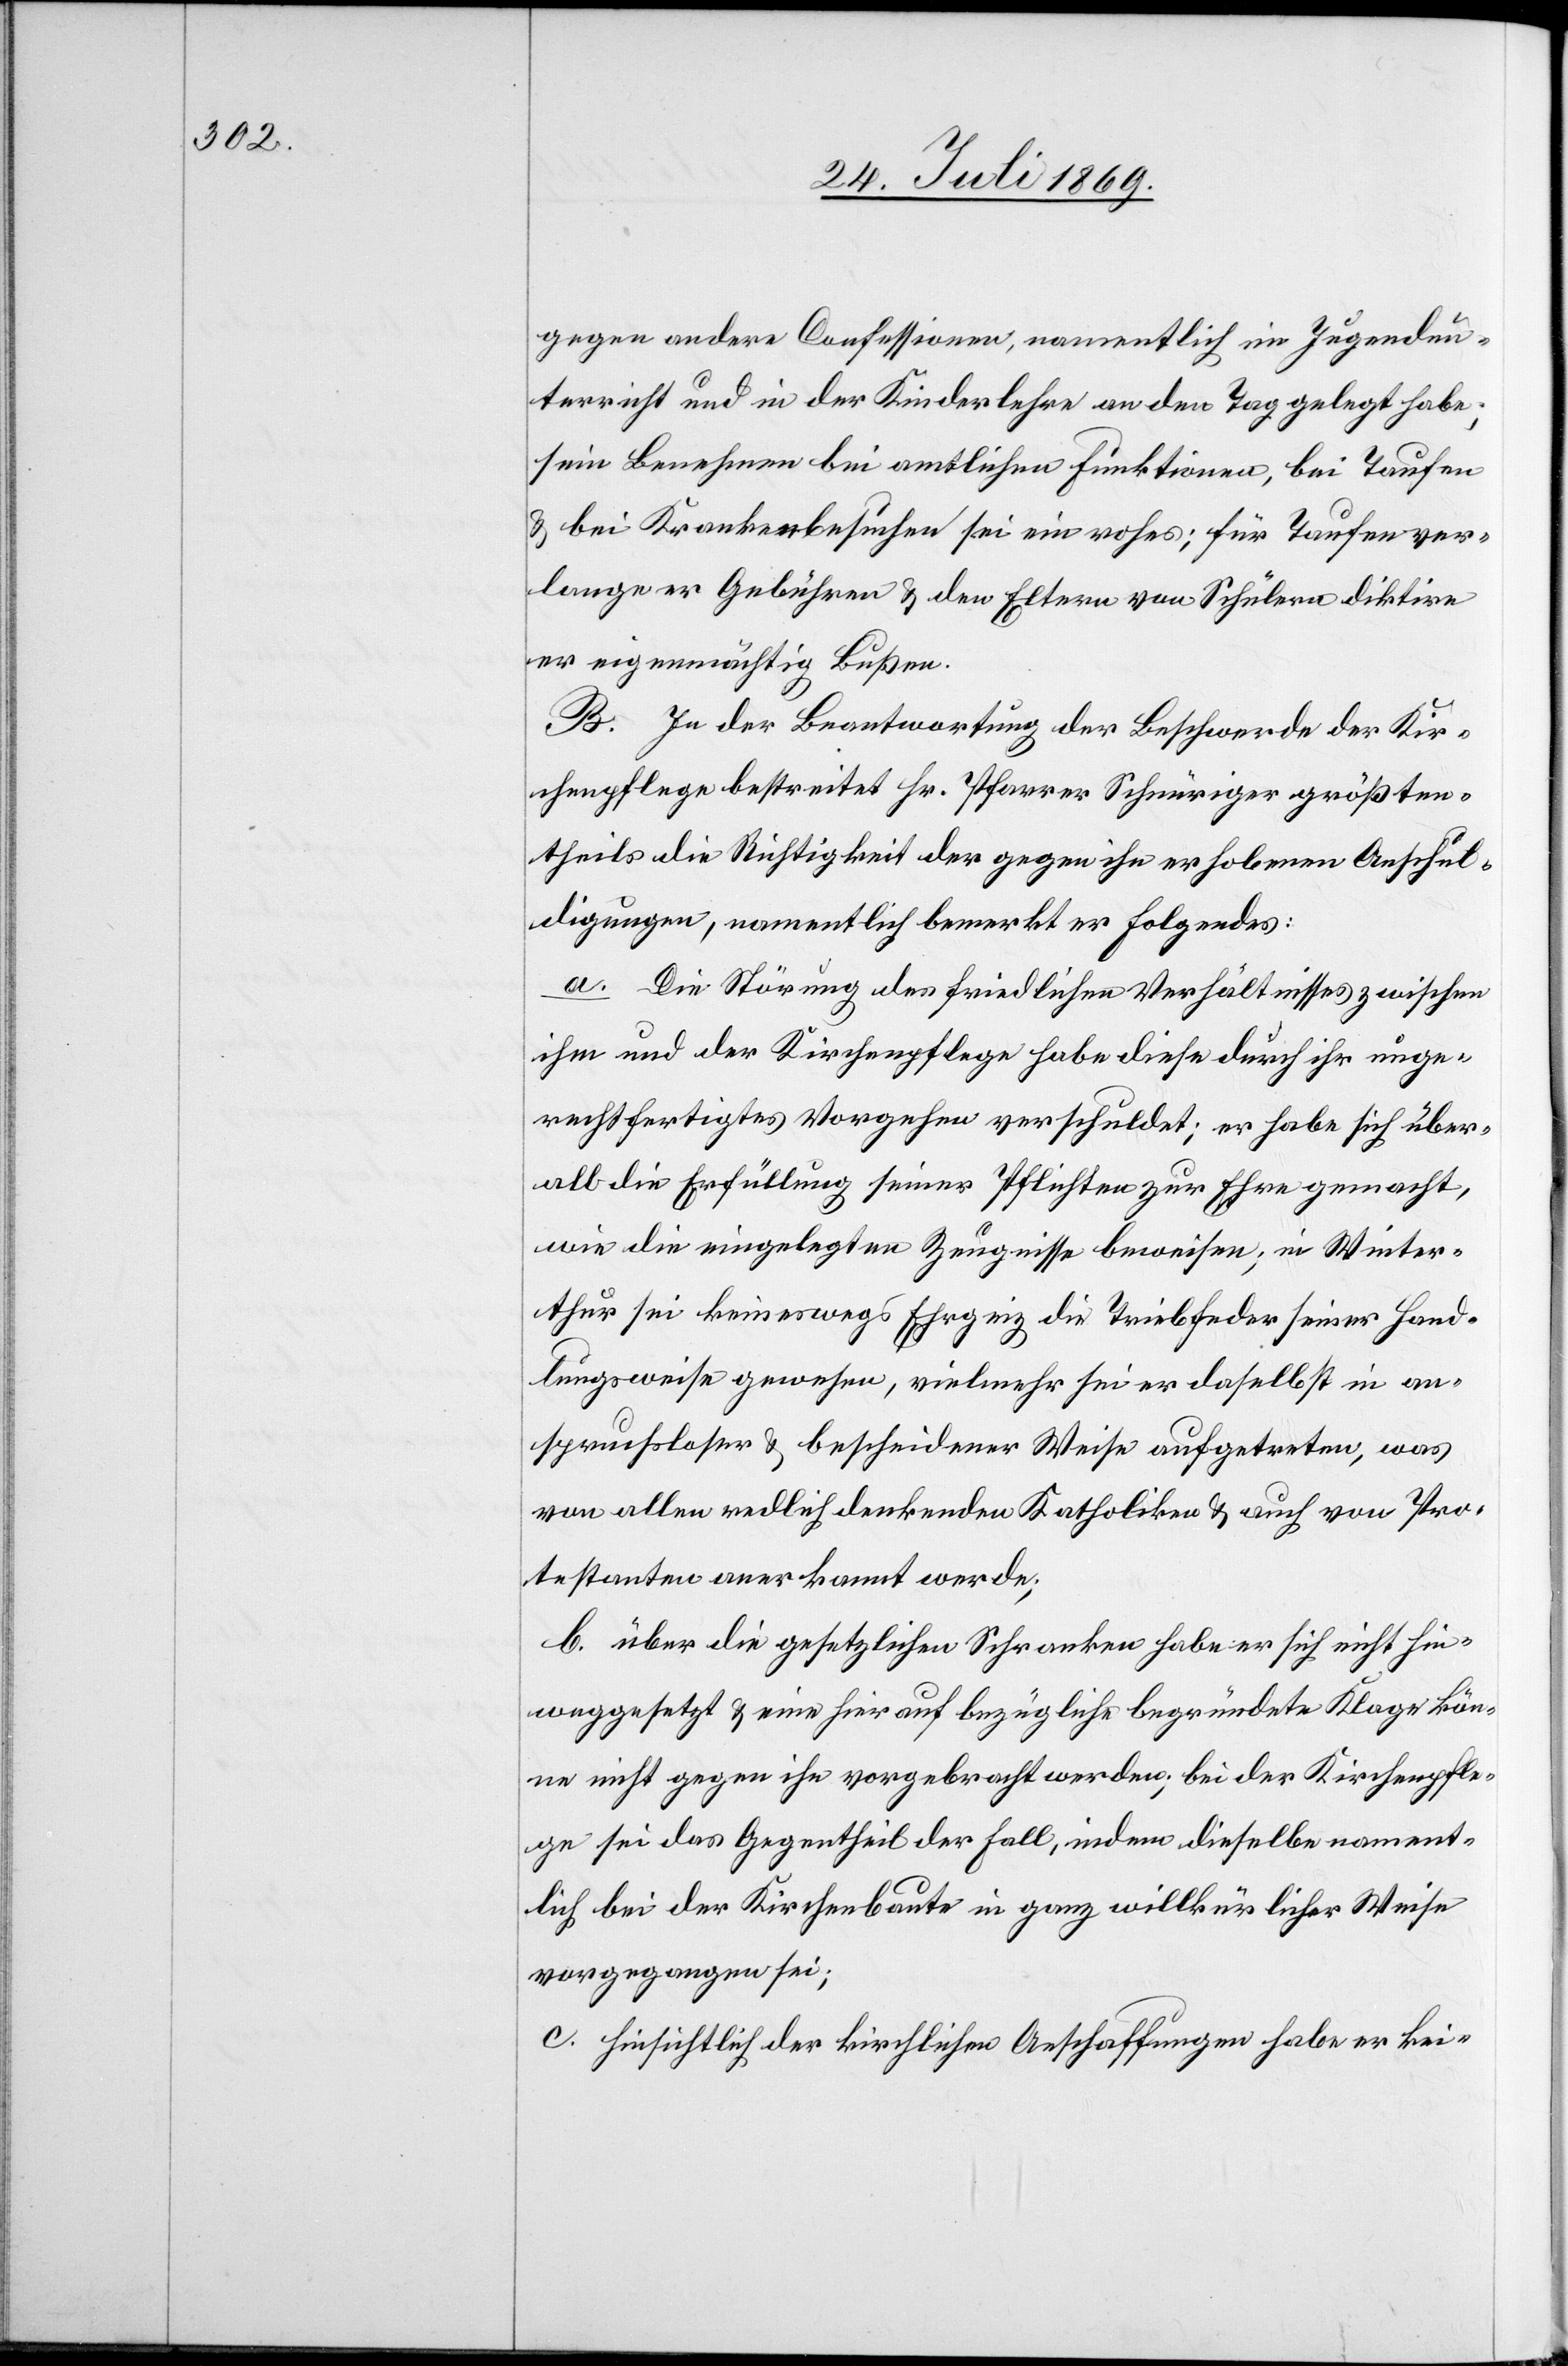
gegen andere Confessionen, namentlich im Jungenun¬
terricht und in der Kinderlehre an den Tag gelegt habe;
sein Benehmen bei amtlichen Funktionen, bei Taufen
u. bei Krankenbesuchen sei ein rohes; für Taufen ver¬
lange er Gebühren u. den Eltern von Schülern diktire
er eigenmächtig Bußen.
B. In der Beantwortung der Beschwerde der Kir¬
chenpflege bestreitet Hr. Pfarrer Schnüriger größten¬
theils die Richtigkeit der gegen ihn erhobenen Anschul¬
digungen, namentlich bemerkt er Folgendes:
a. Die Störung des friedlichen Verhältnisses zwischen
ihm und der Kirchenpflege habe diese durch ihr unge¬
rechtfertigtes Vorgehen verschuldet, er habe sich über¬
all die Erfüllung seiner Pflichten zur Ehre gemacht,
wie die eingelegten Zeugnisse beweisen, in Winter¬
thur sei keineswegs Ehrgeiz die Triebfeder seiner Hand¬
lungsweise gewesen, vielmehr sei er daselbst in an¬
spruchsloser u. bescheidener Weise aufgetreten, was
von allen endlich denkenden Katholiken u. auch von Pro¬
testanten anerkannt werde;
b. über die gesetzlichen Schranken habe er sich nicht hin¬
weggesetzt u. eine hier auf bezügliche begründete Klage kön¬
ne nicht gegen ihn vorgebracht werden, bei der Kirchenpfle¬
ge sei das Gegentheil der Fall, indem dieselbe nament¬
lich bei der Kirchenbaute in ganz willkürlicher Weise
vorgegangen sei;
c. Hinsichtlich der kirchlichen Anschaffungen habe er kei-